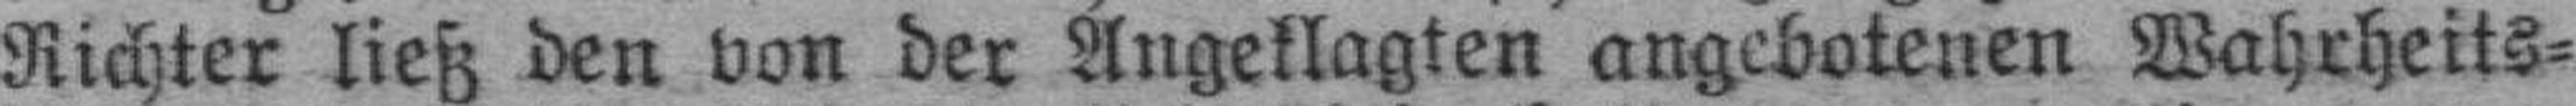
Richter ließ den von der Angeklagten angebotenen Wahrheits¬